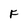
Character: F